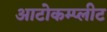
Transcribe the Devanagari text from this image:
आटोकम्प्लीट